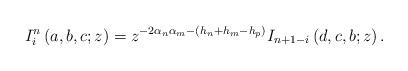
LaTeX: \begin{align*}I_{i}^{n}\left( a,b,c;z\right) =z^{-2\alpha _{n}\alpha _{m}-\left(h_{n}+h_{m}-h_{p}\right) }I_{n+1-i}\left( d,c,b;z\right) . \end{align*}